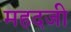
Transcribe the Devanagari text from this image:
महदजी